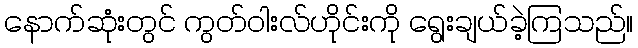
နောက်ဆုံးတွင် ကွတ်ဝါးလ်ဟိုင်းကို ရွေးချယ်ခဲ့ကြသည်။